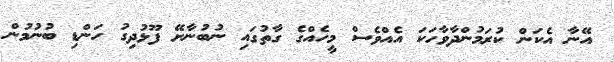
އޭނާ އެކަން ކުރަމުންދާވާހަކަ އެއްވެސް މީހެއްގެ ގާތުގައި ނުބުނާށޭ ފޫޅުދިގު ހަންޑި ބުނުމުން